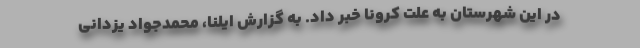
در این شهرستان به علت کرونا خبر داد. به گزارش ایلنا، محمدجواد یزدانی